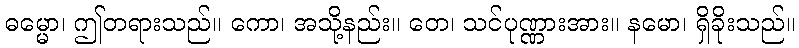
ဓမ္မော၊ ဤတရားသည်။ ကော၊ အသို့နည်း။ တေ၊ သင်ပုဏ္ဏားအား။ နမော၊ ရှိခိုးသည်။